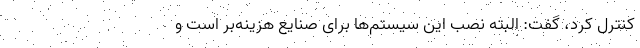
کنترل کرد، گفت: البته نصب این سیستم‌ها برای صنایع هزینه‌بر است و